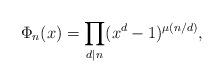
LaTeX: \begin{align*}\Phi_n(x) = \prod_{d \mid n} (x^d-1)^{\mu(n/d)},\end{align*}